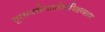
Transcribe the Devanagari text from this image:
सुरसवस्त्रेणततोमांजिष्ठवाससा